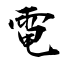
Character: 電